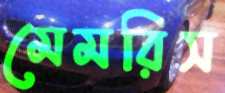
মেমরিস